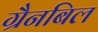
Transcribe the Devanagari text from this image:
ग्रैनबिल